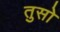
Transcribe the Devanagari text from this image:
तुसो